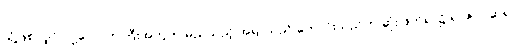
သို့ဖြစ်လျှင် လူ့လောကကြီးအတွက် မည်သည့် အရာသည် ကောင်းသည်ဟု ဆုံးဖြတ်ရာ၌ ရာဇဝင်ဆရာ